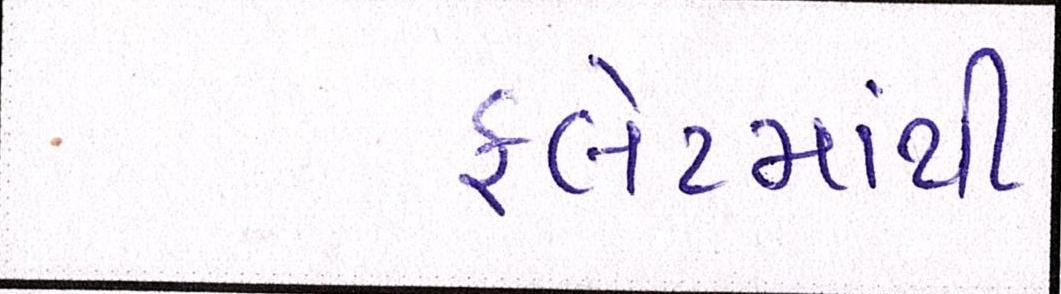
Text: ફલેટમાંથી